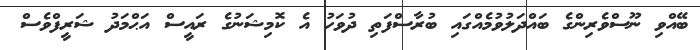
ބޭއްވި ނޫސްވެރިންގެ ބައްދަލުވުމެއްގައި ބުރާސްފަތި ދުވަހު އެ ކޮމިޝަނުގެ ރައީސް އަޙްމަދު ޝަރީފްވެސް